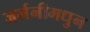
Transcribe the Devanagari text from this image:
जर्मनीमधुन